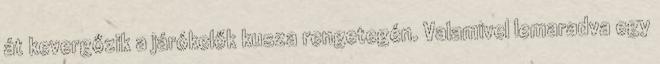
át kevergőzik a járókelők kusza rengetegén. Valamivel lemaradva egy